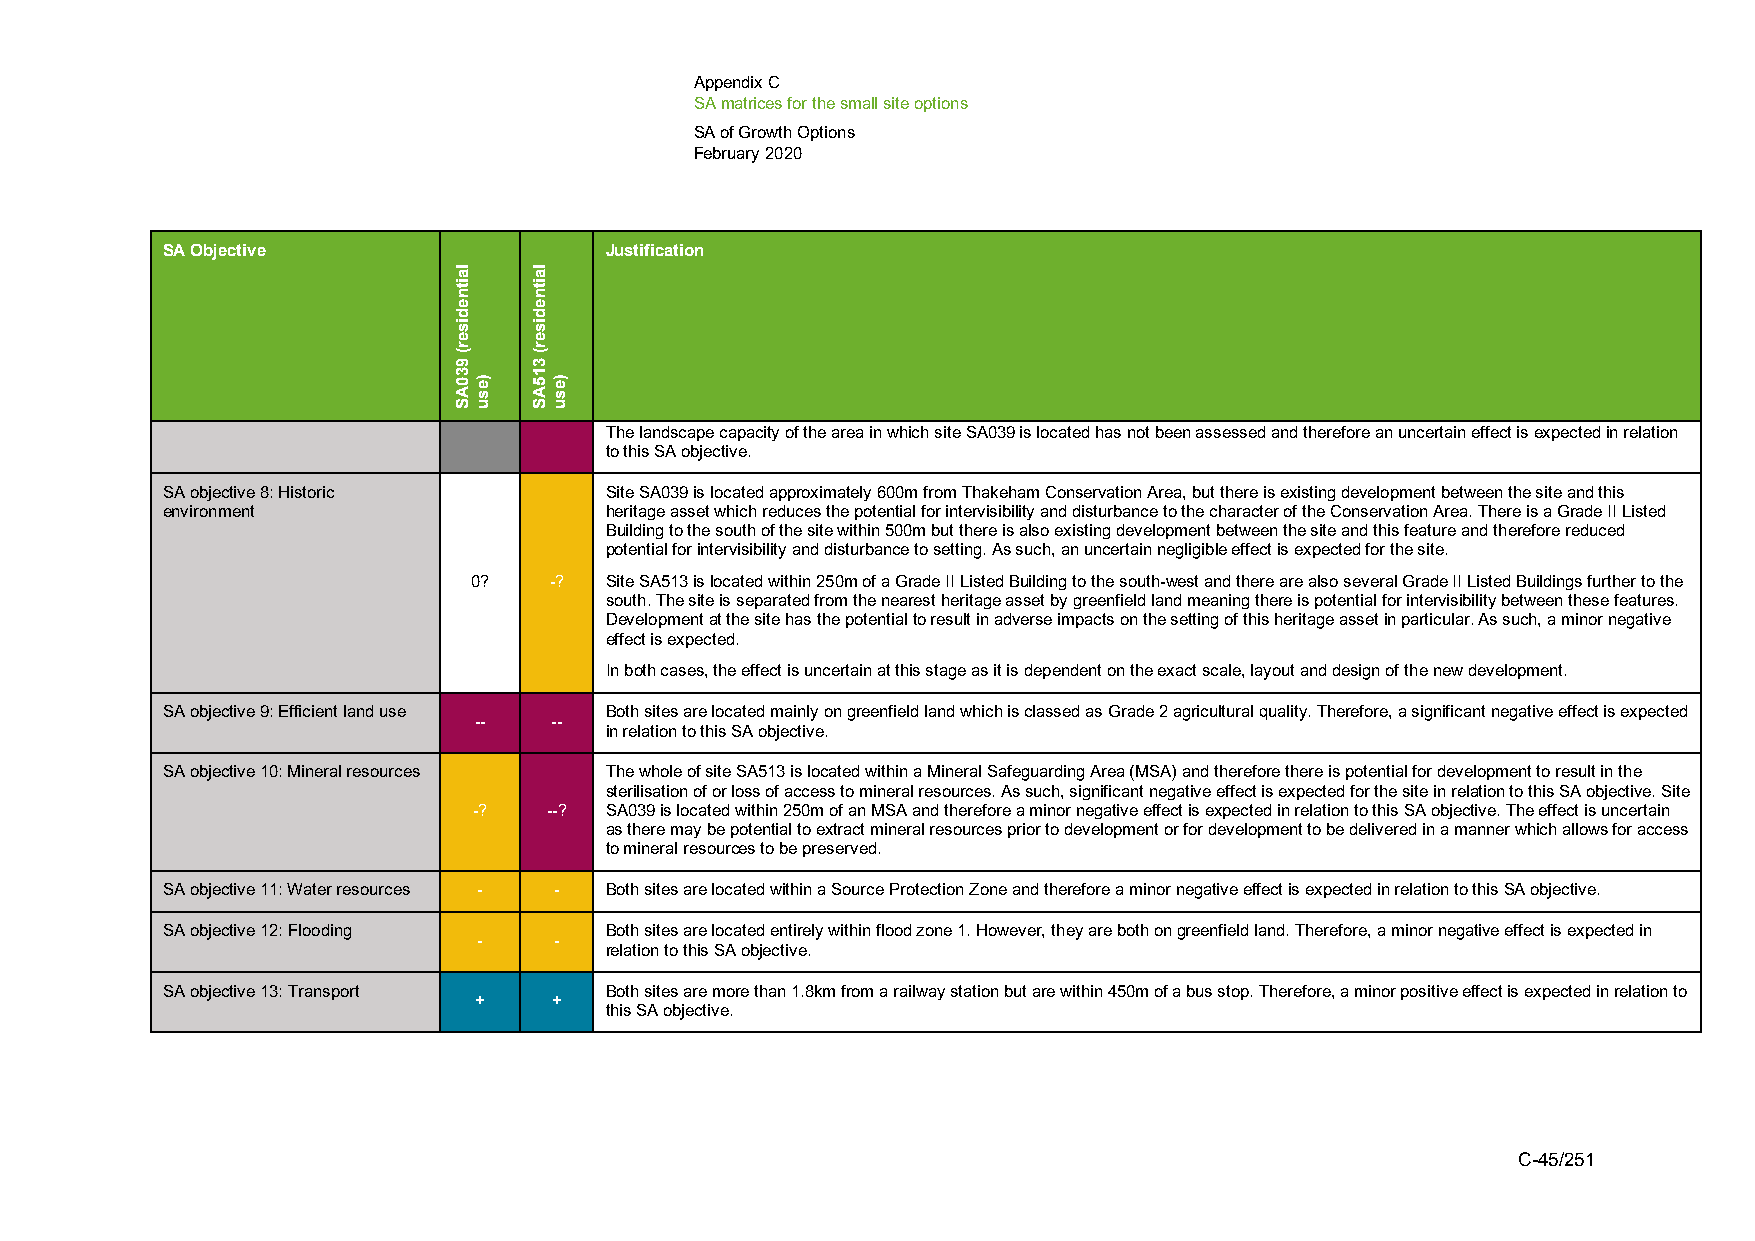
Appendix C
 SA matrices for the small site options
 SA of Growth Options
 February 2020
 SA Objective                 Justification
 The landscape capacity of the area in which site SA039 is located has not been assessed and therefore an uncertain effect is expected in relation
 to this SA objective.
 SA objective 8: Historic     Site SA039 is located approximately 600m from Thakeham Conservation Area, but there is existing development between the site and this
 environment                  heritage asset which reduces the potential for intervisibility and disturbance to the character of the Conservation Area. There is a Grade II Listed
 Building to the south of the site within 500m but there is also existing development between the site and this feature and therefore reduced
 potential for intervisibility and disturbance to setting. As such, an uncertain negligible effect is expected for the site.
 0?   -?  Site SA513 is located within 250m of a Grade II Listed Building to the south-west and there are also several Grade II Listed Buildings further to the
 south. The site is separated from the nearest heritage asset by greenfield land meaning there is potential for intervisibility between these features.
 Development at the site has the potential to result in adverse impacts on the setting of this heritage asset in particular. As such, a minor negative
 effect is expected.
 In both cases, the effect is uncertain at this stage as it is dependent on the exact scale, layout and design of the new development.
 SA objective 9: Efficient land use Both sites are located mainly on greenfield land which is classed as Grade 2 agricultural quality. Therefore, a significant negative effect is expected
 --   --
 in relation to this SA objective.
 SA objective 10: Mineral resources The whole of site SA513 is located within a Mineral Safeguarding Area (MSA) and therefore there is potential for development to result in the
 sterilisation of or loss of access to mineral resources. As such, significant negative effect is expected for the site in relation to this SA objective. Site
 -?   --? SA039 is located within 250m of an MSA and therefore a minor negative effect is expected in relation to this SA objective. The effect is uncertain
 as there may be potential to extract mineral resources prior to development or for development to be delivered in a manner which allows for access
 to mineral resources to be preserved.
 SA objective 11: Water resources - - Both sites are located within a Source Protection Zone and therefore a minor negative effect is expected in relation to this SA objective.
 SA objective 12: Flooding    Both sites are located entirely within flood zone 1. However, they are both on greenfield land. Therefore, a minor negative effect is expected in
 -    -
 relation to this SA objective.
 SA objective 13: Transport   Both sites are more than 1.8km from a railway station but are within 450m of a bus stop. Therefore, a minor positive effect is expected in relation to
 +     +
 this SA objective.
 C-45/251
 laitnediser(
 930AS
 )esu
 laitnediser(
 315AS
 )esu